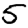
Digit: 5